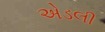
એડલી